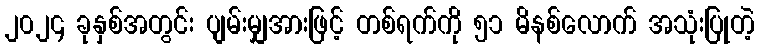
၂၀၂၄ ခုနှစ်အတွင်း ပျမ်းမျှအားဖြင့် တစ်ရက်ကို ၅၁ မိနစ်လောက် အသုံးပြုတဲ့